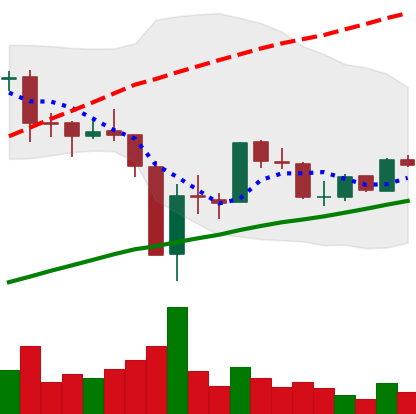
Ticker: BTC-USD
Chart end date: 2017-09-26
Forward return: 13.138%
Label: up_7plus